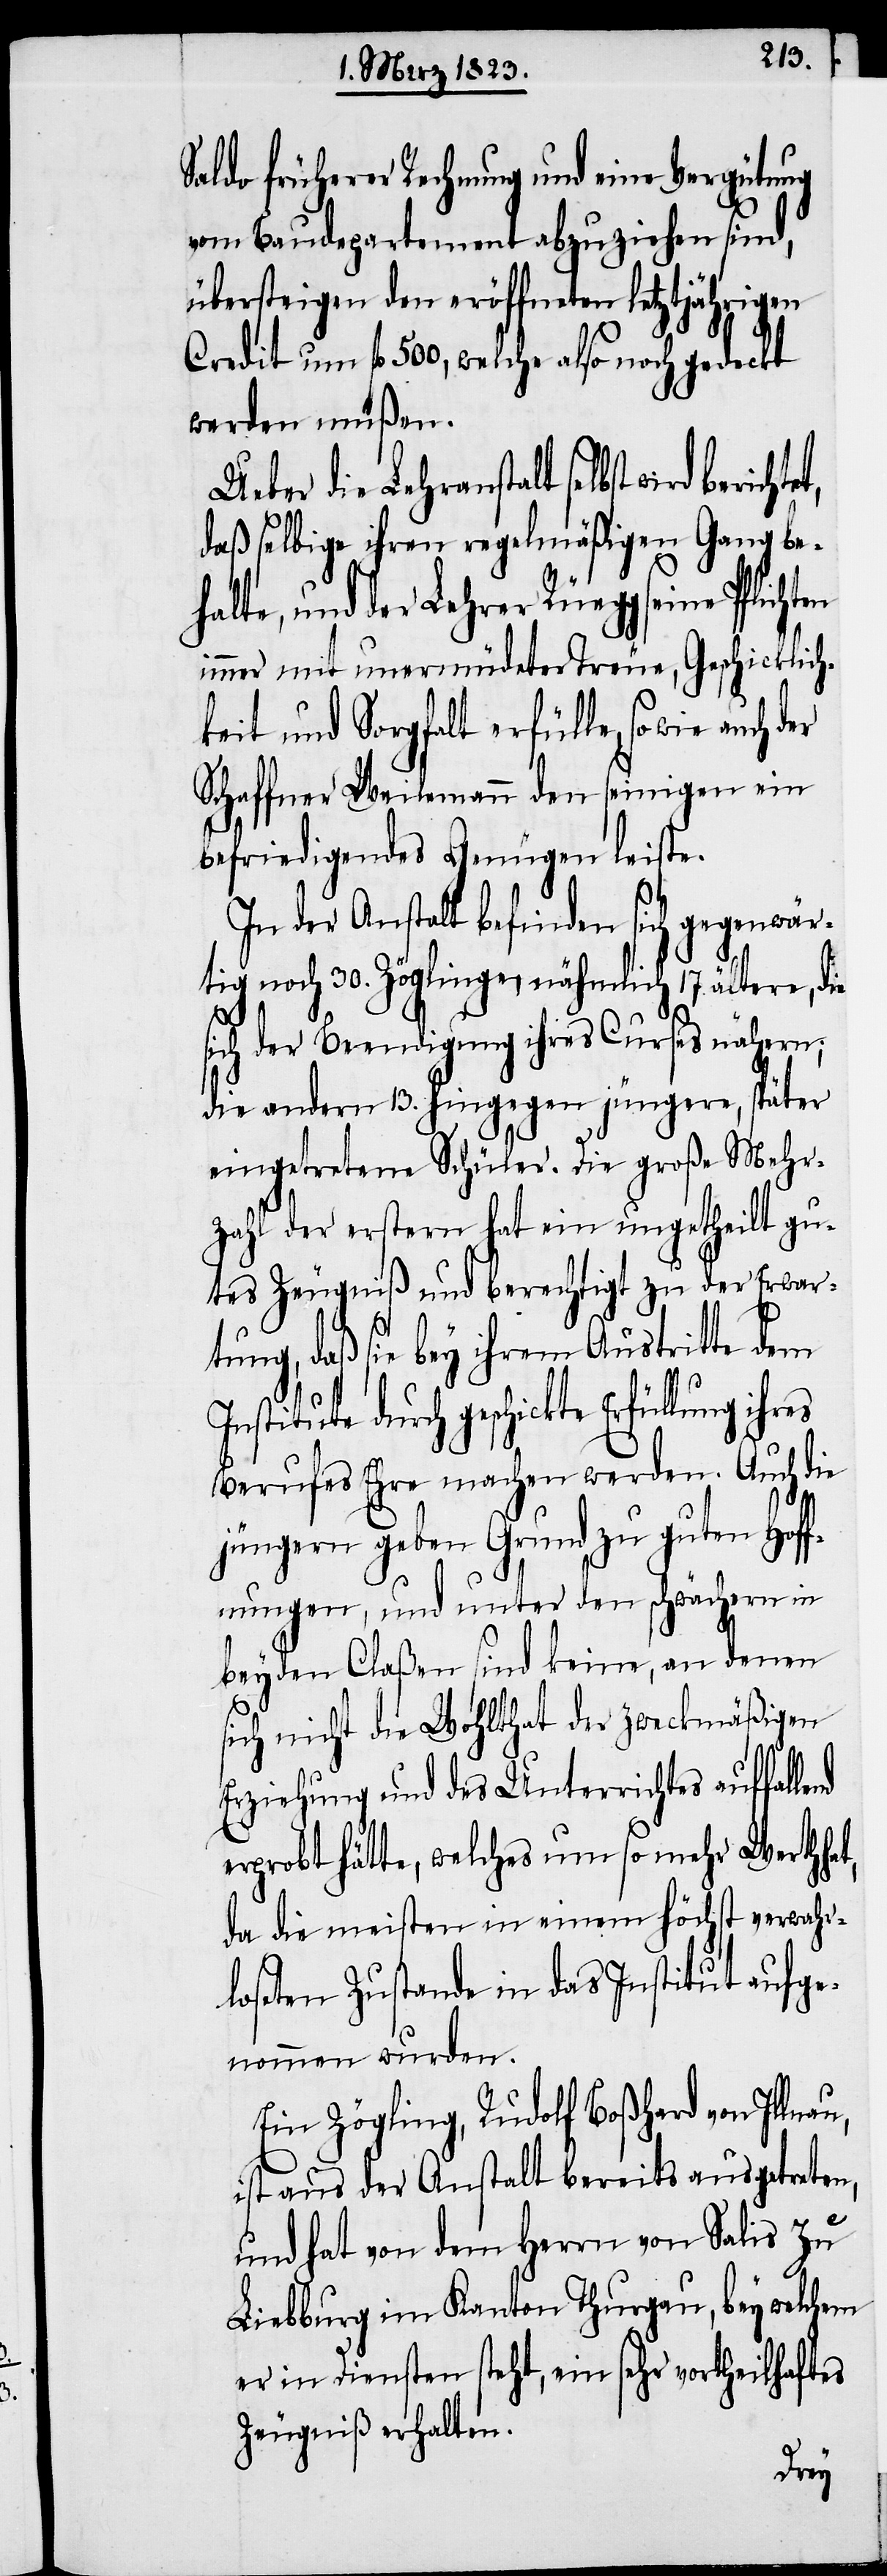
Saldo früherer Rechnung und eine Vergütung
vom Baudepartement abzuziehen sind,
übersteigen den eröffneten letztjährigen
Credit um fl. 500, welche also noch gedeckt
werden müßen.
Ueber die Lehranstalt selbst wird
daß selbige ihren regelmäßigen Gang be¬
halte, und der Lehrer Rüegg seine
immer mit unermüdeter Treue, Geschicklich¬
keit und Sorgfalt erfülle, sowie auch der
Schaffner Weilemann den seinigen ein
befriedigendes Genügen leiste.
In der Anstalt befinden sich gegenwär¬
tig noch 30. Zöglinge, nähmlich 17. ältere,
sich der Beendigung ihres Curses nähern;
die andern 13. hingegen jüngere, später
eingetretene Schüler. Die große Mehr¬
zahl der erstern hat ein ungetheilt gu¬
tes Zeugniß und berechtigt zu der Erwar¬
tung, daß sie bey ihrem Austritte dem
Institute durch geschickte Erfüllung
Berufes Ehre machen werden. Auch die
jüngern geben Grund zu guten Hoff¬
nungen, und unter den schwächern in
beyden Claßen sind keine, an denen
sich nicht die Wohlthat der zweckmäßigen
Erziehung und des Unterrichtes auffal¬
erprobt hätte, welches um so mehr Werth
da die meisten in einem höchst verwahr¬
loseten Zustande in das Institut aufge¬
nommen wurden.
Ein Zögling, Rudolf Boßhard von Illnau,
ist aus der Anstalt bereits ausgetreten,
und hat von dem Herrn von Salis zu
Liebburg im Kanton Thurgau, bey welchem
er in Diensten steht, ein sehr vortheilhaftes
Zeugniß erhalten.
lend